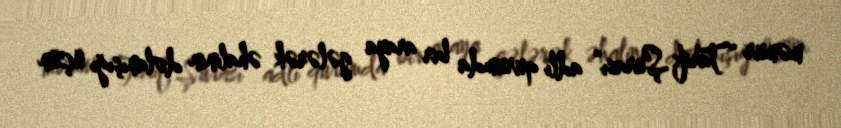
məmur “Tarif Şurası” adlı qurumda bir araya gələrək əhalinin dolanışığı üçün